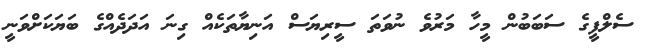
ސެލްފީގެ ސަބަބުން މީހާ މަރުވެ ނުވަތަ ސީރިޔަސް އަނިޔާތަކެއް ގިނަ އަދަދެއްގެ ބަޔަކަށްވަނީ